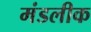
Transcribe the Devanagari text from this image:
मंडलीक